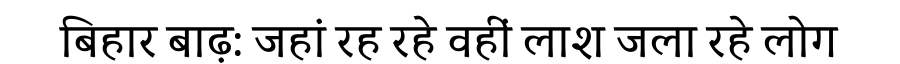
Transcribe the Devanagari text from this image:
बिहार बाढ़: जहां रह रहे वहीं लाश जला रहे लोग